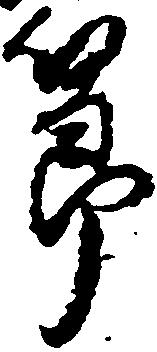
節